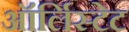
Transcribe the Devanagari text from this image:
ऑर्लिस्टेट